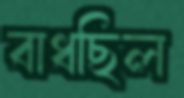
বাধছিল